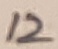
Text: 12